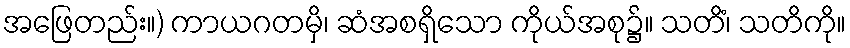
အဖြေတည်း။) ကာယဂတမှိ၊ ဆံအစရှိသော ကိုယ်အစု၌။ သတိံ၊ သတိကို။